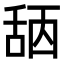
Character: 𦧖